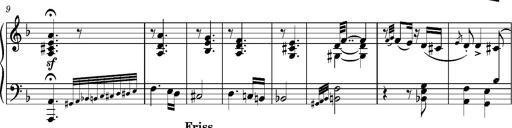
Title: Puszta Wehmut â€“ A puszta keserve
Composer: Franz Liszt
Key: D minor